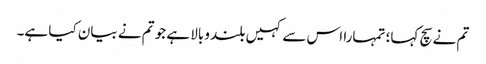
تم نے سچ کہا؛ تمہارا اس سے کہیں بلند وبالا ہے جو تم نے بیان کیا ہے۔